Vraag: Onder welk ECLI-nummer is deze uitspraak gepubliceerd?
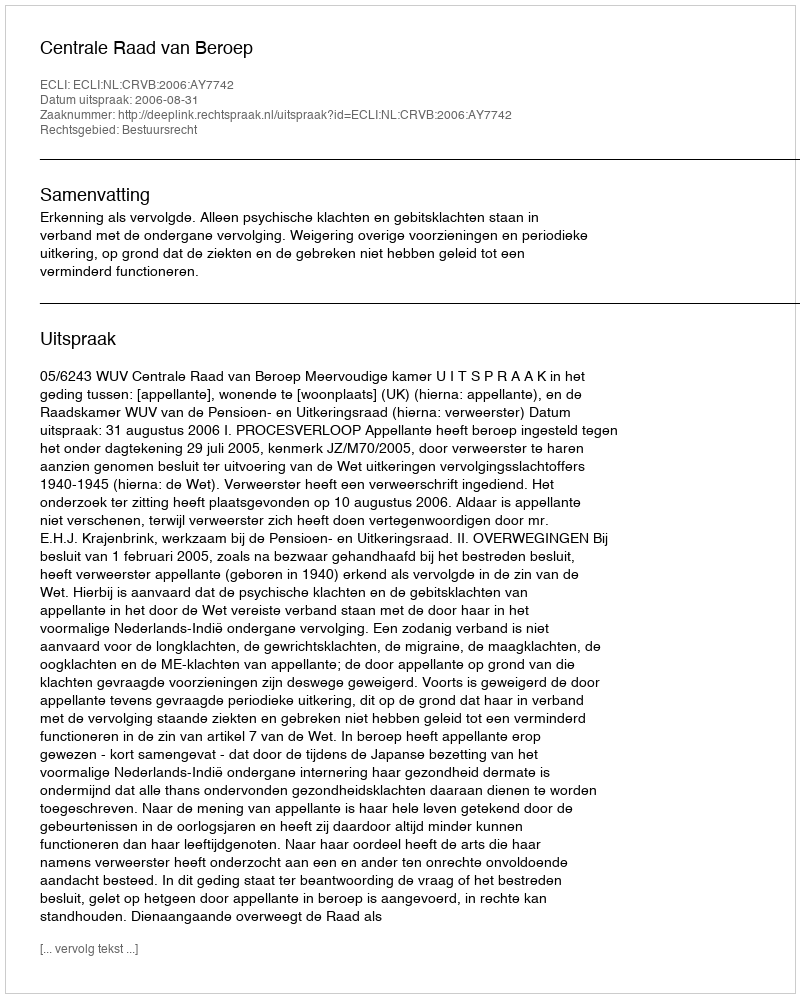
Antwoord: ECLI:NL:CRVB:2006:AY7742